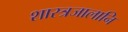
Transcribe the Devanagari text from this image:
शास्त्रजालानि